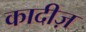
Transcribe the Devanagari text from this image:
कादीज़